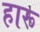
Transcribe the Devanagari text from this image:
हारू